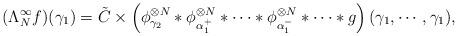
LaTeX: \begin{align*}(\Lambda_N^{\infty}f)(\gamma_1)=\tilde{C} \times \left(\phi^{\otimes N}_{\gamma_2}*\phi^{\otimes N}_{\alpha^+_1}*\cdots*\phi^{\otimes N}_{\alpha^-_1}*\cdots * g\right)(\gamma_1,\cdots,\gamma_1),\end{align*}